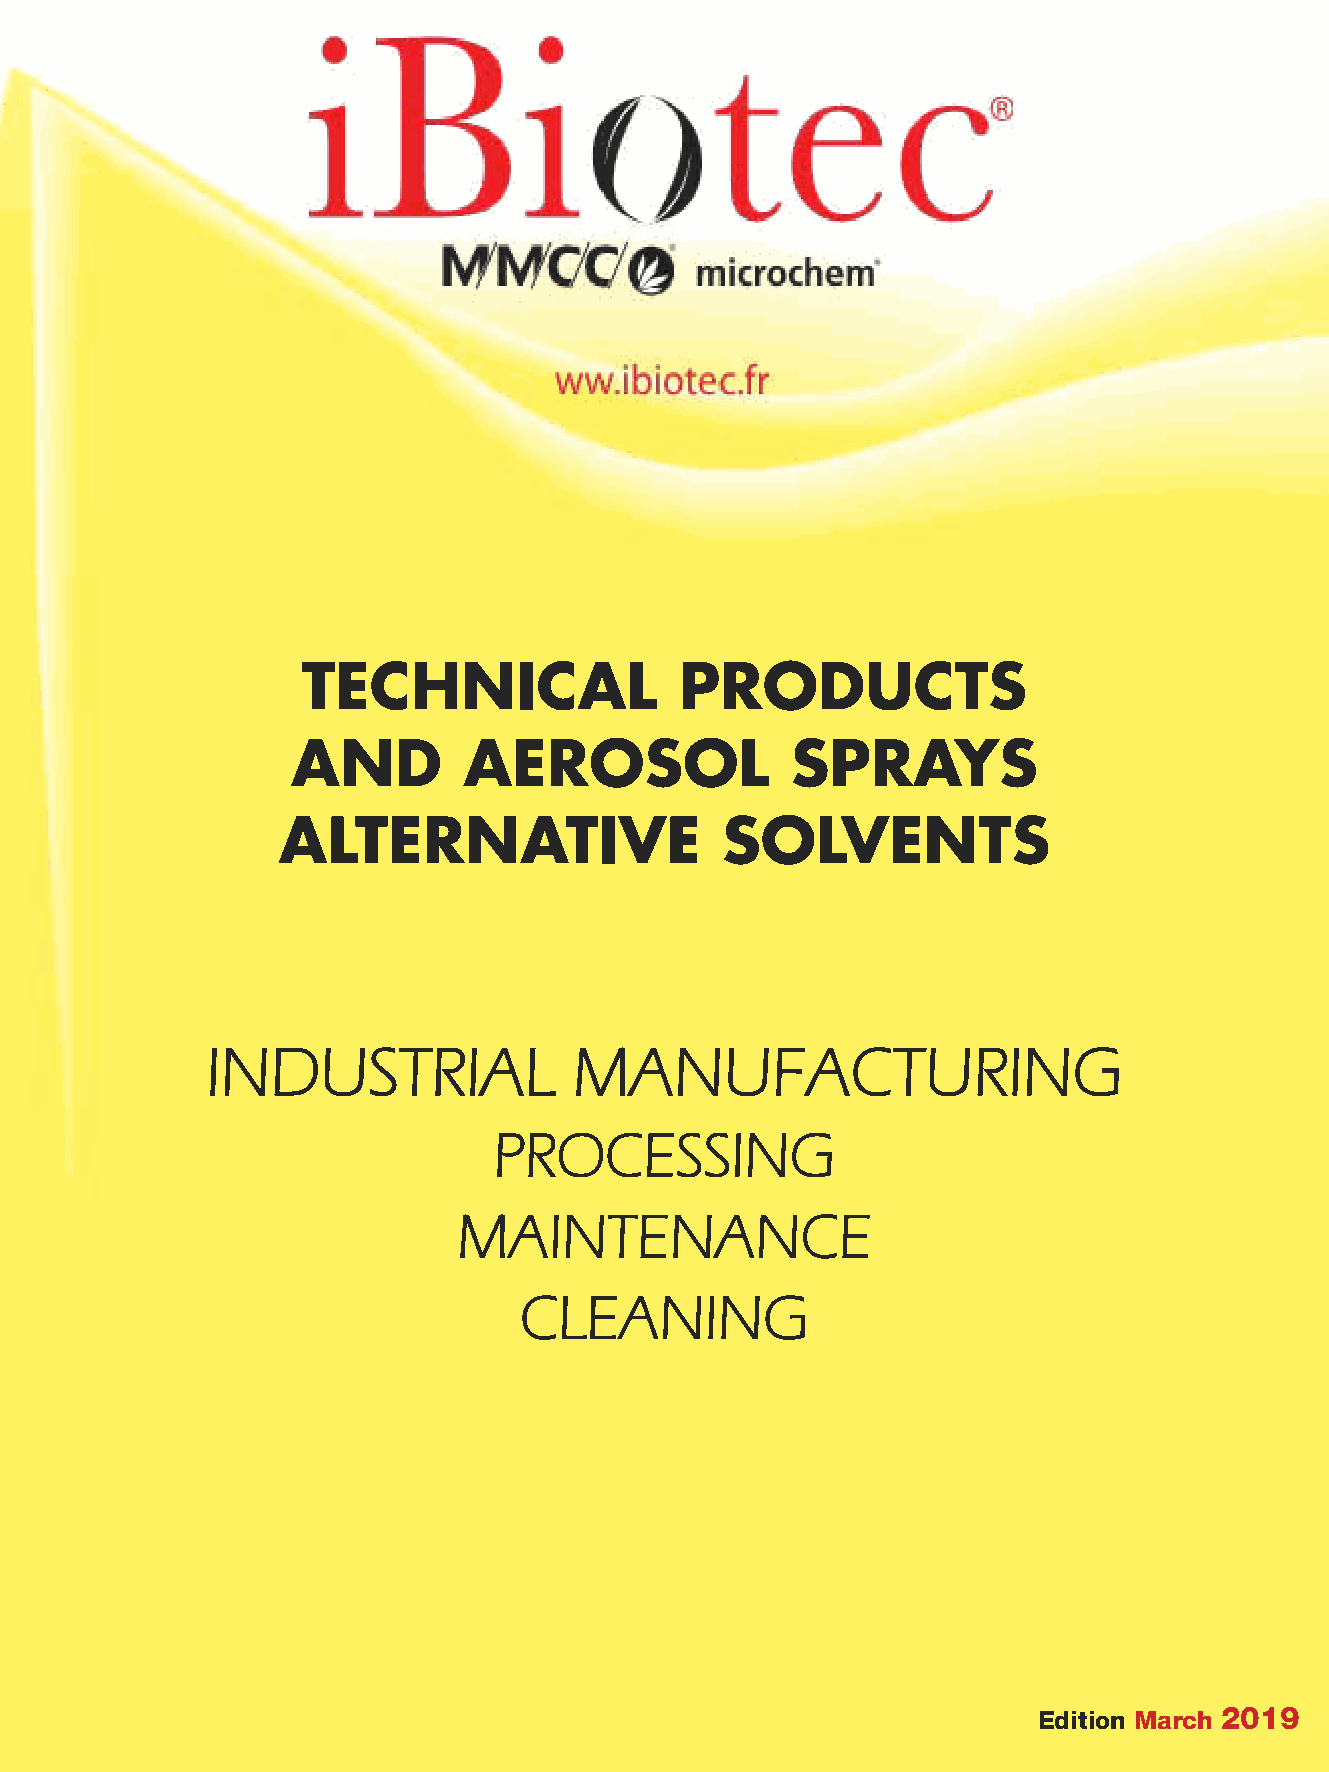
TECHNICAL                PRODUCTS
 AND         AEROSOL              SPRAYS
 ALTERNATIVE                   SOLVENTS
 INDUSTRIAL              MANUFACTURING
 PROCESSING
 MAINTENANCE
 CLEANING
 Edition March 2019